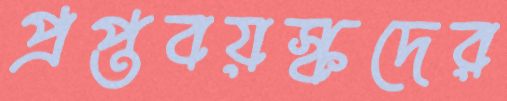
প্রপ্তবয়স্কদের